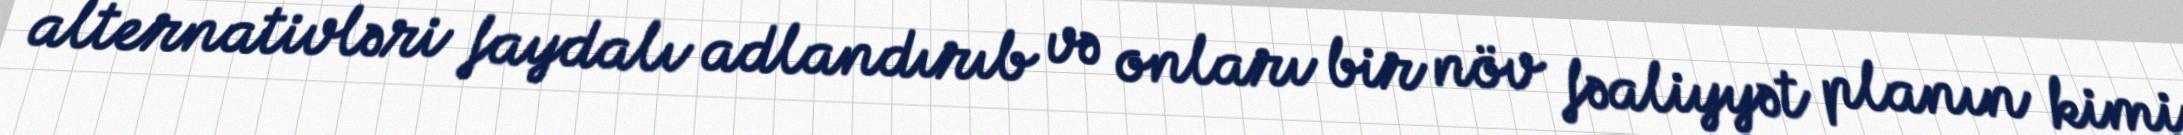
alternativləri faydalı adlandırıb və onları bir növ fəaliyyət planın kimi